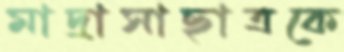
মাদ্রাসাছাত্রকে